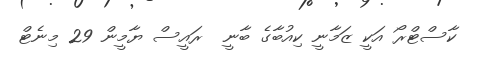
ކާސްޓްރޯ އަކީ ޒަމާނީ ކިއުބާގެ ބާނީ  ރައީސް ޔާމީން 29 މިނެޓް